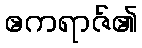
ဧကရာဇ်၏